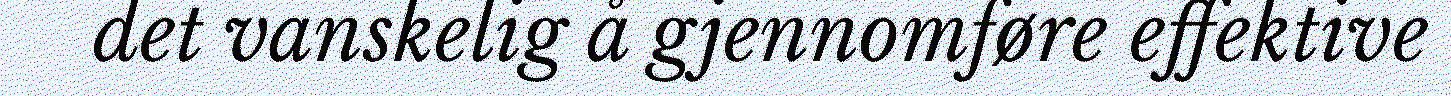
det vanskelig å gjennomføre effektive